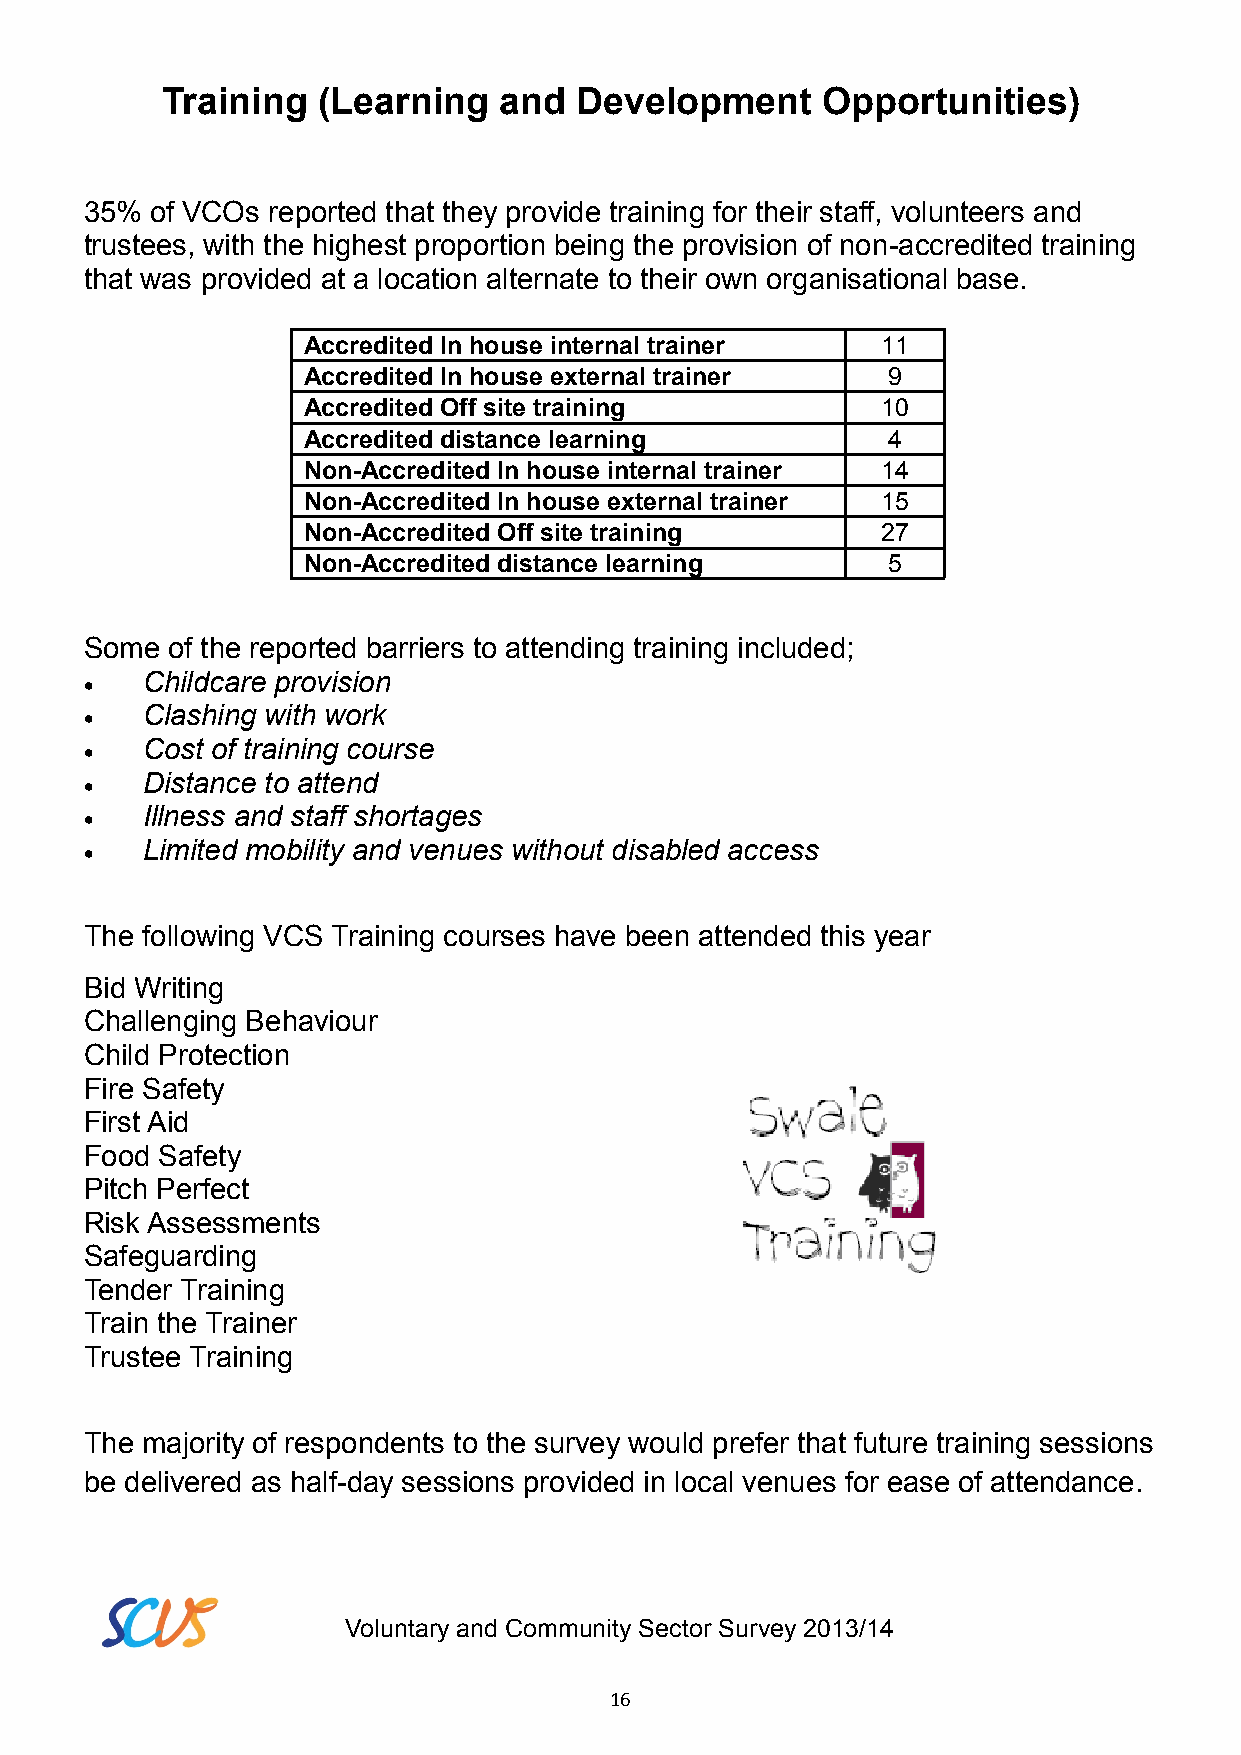
Training  (Learning   and  Development     Opportunities)
 35% of VCOs reported that they provide training for their staff, volunteers and
 trustees, with the highest proportion being the provision of non-accredited training
 that was provided at a location alternate to their own organisational base.
 Accredited In house internal trainer  11
 Accredited In house external trainer   9
 Accredited Off site training          10
 Accredited distance learning           4
 Non-Accredited In house internal trainer 14
 Non-Accredited In house external trainer 15
 Non-Accredited Off site training      27
 Non-Accredited distance learning       5
 Some of the reported barriers to attending training included;
 Childcare provision
 
 Clashing with work
 
 Cost of training course
 
 Distance to attend
 
 Illness and staff shortages
 
 Limited mobility and venues without disabled access
 
 The following VCS Training courses have been attended this year
 Bid Writing
 Challenging Behaviour
 Child Protection
 Fire Safety
 First Aid
 Food Safety
 Pitch Perfect
 Risk Assessments
 Safeguarding
 Tender Training
 Train the Trainer
 Trustee Training
 The majority of respondents to the survey would prefer that future training sessions
 be delivered as half-day sessions provided in local venues for ease of attendance.
 Voluntary and Community Sector Survey 2013/14
 16